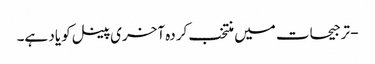
- ترجیحات میں منتخب کردہ آخری پینل کو یاد ہے۔